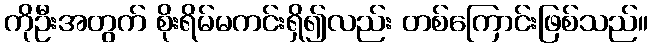
ကိုဦးအတွက် စိုးရိမ်မကင်းရှိ၍လည်း တစ်ကြောင်းဖြစ်သည်။